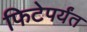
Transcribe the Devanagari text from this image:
फिटेपर्यंत